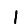
Digit: 1